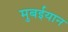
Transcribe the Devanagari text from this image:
मुबईयान